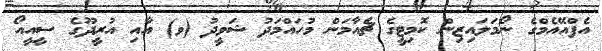
އެފްއޭއެމްގެ ނޯމަލައިޒިން ކޮމިޓީގެ ޗެއާމަން މުހައްމަދު ޝަވީދު (ވ) އާއި އުރީދޫގެ ސީއީއޯ